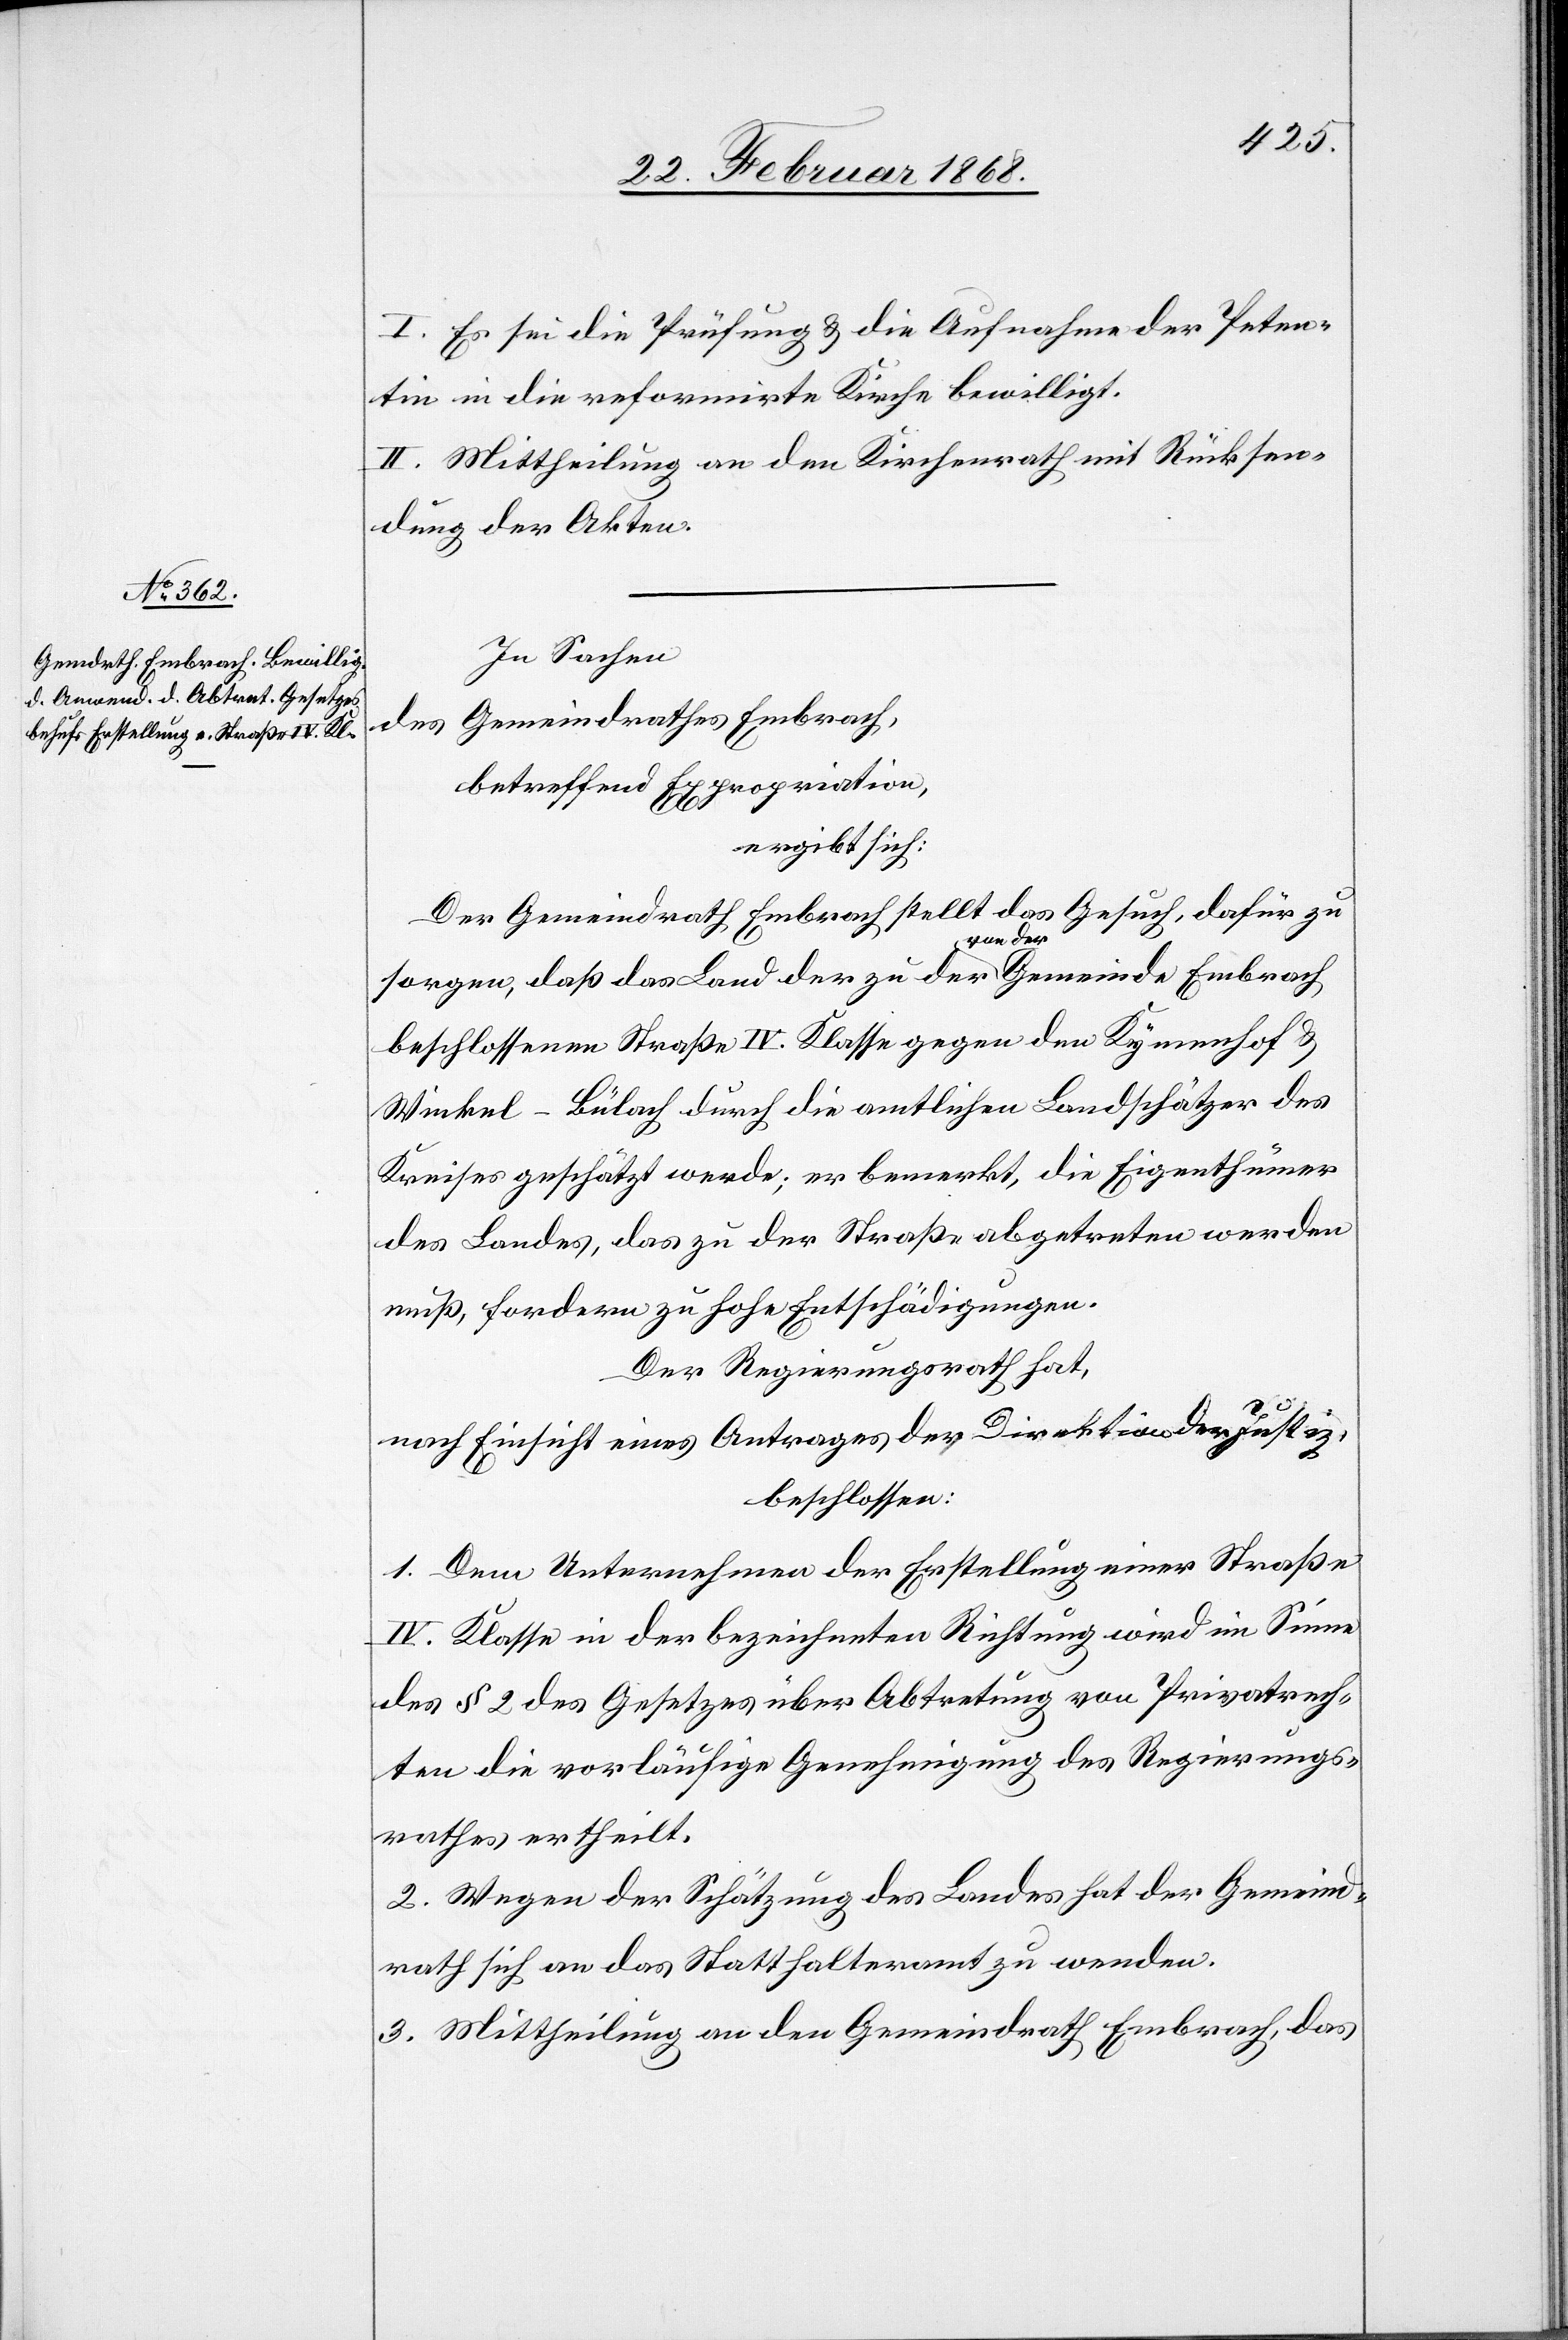
I. Es sei die Prüfung & die Aufnahme der Peten¬
tin in die reformirte Kirche bewilligt.
II. Mittheilung an den Kirchenrath mit Rücksen¬
dung der Akten.
In Sachen
des Gemeindrathes Embrach,
betreffend Expropriation,
ergibt sich:
Der Gemeindrath Embrach stellt das Gesuch, dafür zu
sorgen, daß das Land der zu der von der Gemeinde Embrach
beschlossenen Straße IV. Klasse gegen den Kymenhof &
Winkel-Bülach durch die amtlichen Landschätzer des
Kreises geschätzt werde; er bemerkt, die Eigenthümer
des Landes, das zu der Straße abgetreten werden
muß, fordern zu hohe Entschädigungen.
Der Regierungsrath hat,
nach Einsicht eines Antrages der Direktion der Justiz,
beschlossen:
1. Dem Unternehmen der Erstellung einer Straße
IV. Klasse in der bezeichneten Richtung wird im Sinne
des § 2 des Gesetzes über Abtretung von Privatrech¬
ten die vorläufige Genehmigung des Regierungs¬
rathes ertheilt.
2. Wegen der Schätzung des Landes hat der Gemeind¬
rath sich an das Statthalteramt zu wenden.
3. Mittheilung an den Gemeindrath Embrach, das